Rangoon Lunatic Asylum 1893-1897 - 1893-1897
Year: 1893
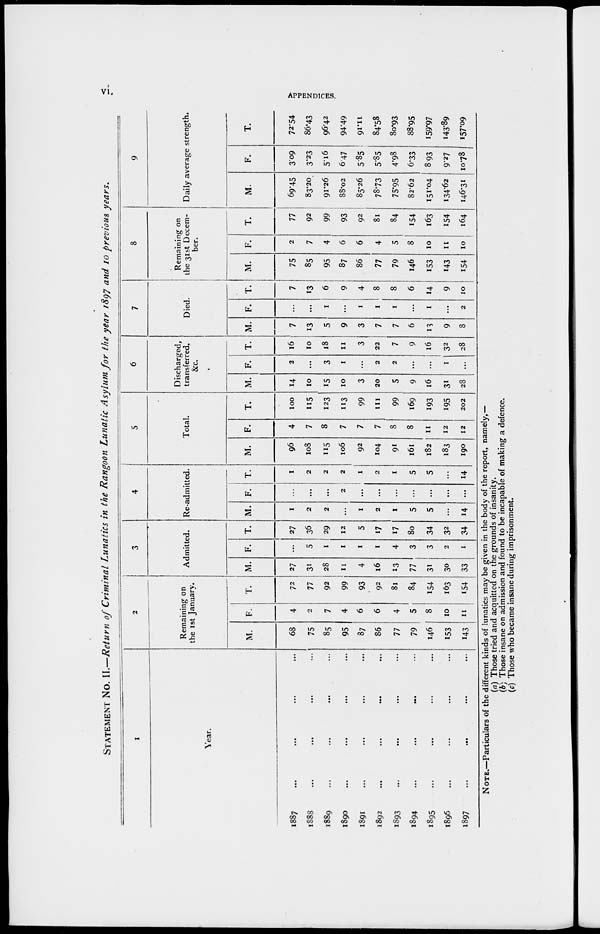
vi.
APPENDICES.
STATEMENT No. II.—Return of Criminal Lunatics in the Rangoon Lunatic Asylum for the year 1897 and 10 previous
years.
1
Year.
1887 ... ... ... ...
1888
...
...
...
...
1889 ... ... ... ...
1890 ... ... ... ...
1891 ... ... ... ...
1892 ... ... ... ...
1893 ... ... ... ...
1894 ... ... ... ...
1895 ... ... ... ...
1896 ... ... ... ...
1897 ... ... ... ...
2
Remaining on
the 1st January.
M.
68
75
85
95
87
86
77
79
146
153
143
F.
4
2
7
4
6
6
4
5
8
10
11
T.
72
77
92
99
93
92
81
84
154
163
154
3
Admitted.
M.
27
31
28
11
4
16
13
77
31
30
33
F.
...
5
1
1
1
1
4
3
3
2
1
T.
27
36
29
12
5
17
17
80
34
32
34
4
Re-admitted.
M.
1
2
2
...
1
2
1
5
5
...
14
F.
...
...
...
2
...
...
...
...
...
...
...
T.
1
2
2
2
1
2
1
5
5
...
14
5
Total.
M.
96
108
115
106
92
104
91
161
182
183
190
F.
4
7
8
7
7
7
8
8
11
12
12
T.
100
115
123
113
99
111
99
169
193
195
202
6
Discharged,
transferred,
&c.
M.
14
10
15
10
3
20
5
9
16
31
28
F.
2
...
3
1
...
2
2
...
...
1
...
T.
16
10
18
11
3
22
7
9
16
32
28
7
Died.
M.
7
13
5
9
3
7
7
6
13
9
8
F.
...
...
1
...
1
1
1
...
1
...
2
T.
7
13
6
9
4
8
8
6
14
9
10
8
Remaining on
the 31st Decem-
ber.
M.
75
85
95
87
86
77
79
146
153
143
154
F.
2
7
4
6
6
4
5
8
10
11
10
T.
77
92
99
93
92
81
84
154
163
154
164
9
Daily average strength.
M.
69.45
83.20
91.26
88.02
85.26
78.73
75.95
82.62
151.04
134.62
146.31
F.
3.09
3.23
5.16
6.47
5.85
5.85
4.98
6.33
8.93
9.27
10.78
T.
72.54
86.43
96.42
94.49
91.11
84.58
80.93
88.95
159.97
143.89
157.09
NOTE.—Particulars of the different kinds of lunatics may be given in the body of the report, namely,—
(a) Those tried and acquitted on the grounds of insanity.
(b) Those insane on admission and found to be incapable of making a defence.
(c) Those who became insane during imprisonment.